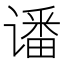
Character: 𮷊